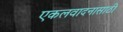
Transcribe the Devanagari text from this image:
एकलवादनासाठी